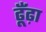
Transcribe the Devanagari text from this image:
ढूँंढ़ा